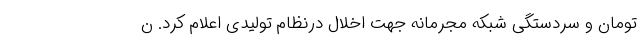
تومان و سردستگی شبکه مجرمانه جهت اخلال درنظام تولیدی اعلام کرد. ن